Report on sanitation, dispensaries, and jails in Rajputana for 1912, and on vaccination for the year 1912-1913 - 1912-1913
Year: 1912
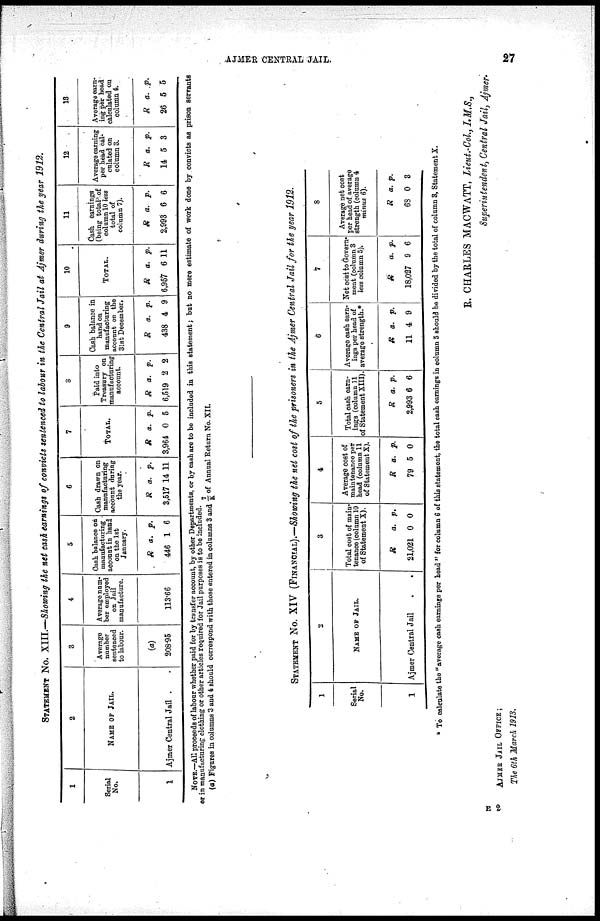
AJMER CENTRAL JAIL.
27
STATEMENT No. XIII.—Showing the net cash earnings of convicts sentenced to labour in the Central Jail at Ajmer during the year 1912.
1
Serial
No.
1
2
NAME OF JAIL.
Ajmer Central Jail
3
Avenge
number
sentenced
to labour.
(a)
208.95
4
Average num-
-er employed
on Jail
manufacture.
113.66
5
Cash balance on
manufacturing
account in hand
on the 1st
January.
R
446
a.
1
p.
6
6
Cash drawn on
manufacturing
account during
the year.
R
3,517
a.
14
p.
11
7
TOTAL.
R
3,964
a.
0
p.
6
8
Paid into
Treasury on
manufacturing
account.
R
6,519
a.
2
p.
2
9
Cash balance in
hand on
manufacturing
account on the
31st December.
R
438
a.
4
p.
9
10
TOTAL.
R
6,957
a.
6
p.
11
11
Cash earnings
(being total of
column 10 less
total of
column 7).
R
2,993
a.
6
p.
6
12
Average earning
per head cal-
culated on
column 3.
R
14
a.
5
p.
3
18
Average earn-
ing per head
calculated on
column 4.
R
26
a.
5
p.
5
NOTE.—All proceeds of labour whether paid for by transfer account, by other Departments, or by cash are to be included in this statement; but no mere estimate of work done by convicts as prison servants
or in manufacturing clothing or other articles required for Jail purposes is to be included.
(a) Figures in columns 3 and 4 should correspond with those entered in columns 3 and 7/K of Annual Return No. XII.
STATEMENT No. XIV (FINANCIAL).—Showing the net cost of the prisoners in the Ajmer Central Jail for the year 1912.
1
Serial
No.
1
2
MAME OF JAIL.
Ajmer Central Jail
3
Total cost of main¬
tenance (column 10
of Statement X).
R
21,021
a.
0
p.
0
4
Average cost of
maintenance per
head (column 11
of Statement X).
R
79
a.
5
p.
0
5
Total cash earn-
ings (column 11
of Statement XIII).
R
2,993
a.
6
p.
6
6
Average cash earn-
ings per head of
average strength.*
R
11
a.
4
p.
9
7
Net cost to Govern¬
ment (column 3
less column 5).
R
18,027
a.
9
p.
6
8
Average net cost
per head of average
strength (column 4
minus 6).
R
68
a.
0
p.
3
To calculate the " average cash earnings per head " for column 6 of this statement, the total cash earnings in column 5 should be divided by the total of column 3, Statement X.
R. CHARLES MACWATT, Lieut.-Col, I.M.S.,
Superintendent, Central Jail, Ajmer.
AJMER JAIL OFFICE;
The 6th March 1913.
E 2